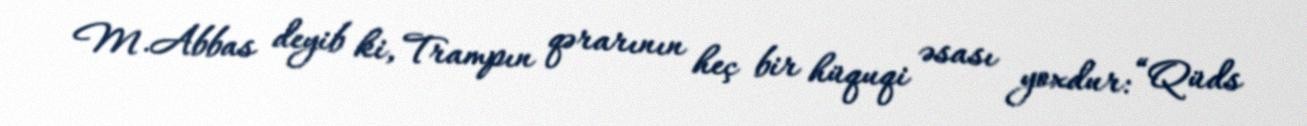
M.Abbas deyib ki, Trampın qərarının heç bir hüquqi əsası yoxdur: “Qüds